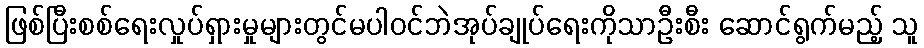
ဖြစ်ပြီးစစ်ရေးလှုပ်ရှားမှုများတွင်မပါဝင်ဘဲအုပ်ချုပ်ရေးကိုသာဦးစီး ဆောင်ရွက်မည့် သူ